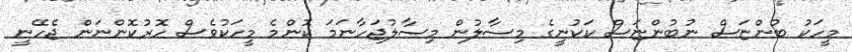
މީހަކު ބުންޏަސް ނުބުންޏަސް ކަކުނީގެ މިސާލުން މިސާލުޖަހާނަމަ ކޮންމެ މީހަކުވެސް ހޮރުކޮންނަން ޖެހޭނީ